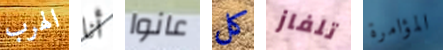
الهرب أنا عانوا كل تلفاز المؤامرة